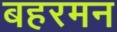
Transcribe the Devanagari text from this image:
बहरमन